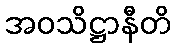
အဝသိဋ္ဌာနီတိ